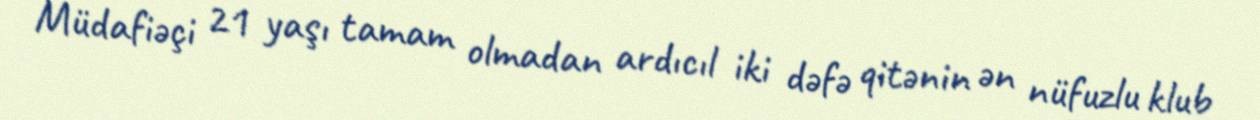
Müdafiəçi 21 yaşı tamam olmadan ardıcıl iki dəfə qitənin ən nüfuzlu klub